Lunatic asylums Central Provinces reports 1910-1926 - 1910-1926
Year: 1910
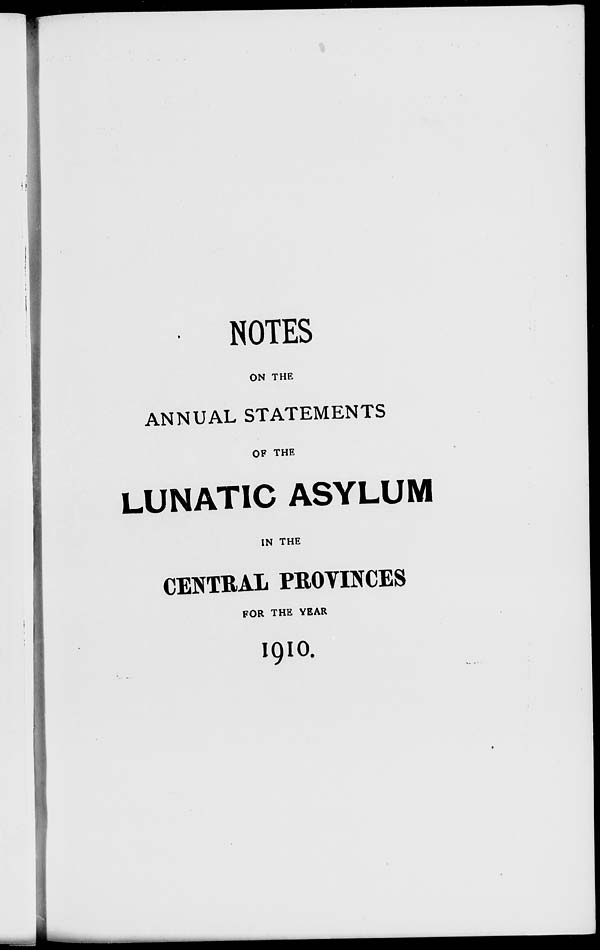
NOTES
ON THE
ANNUAL STATEMENTS
OF THE
LUNATIC ASYLUM
IN THE
CENTRAL PROVINCES
FOR THE YEAR
1910.